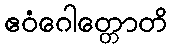
ဧဝံဂေါတ္တောတိ